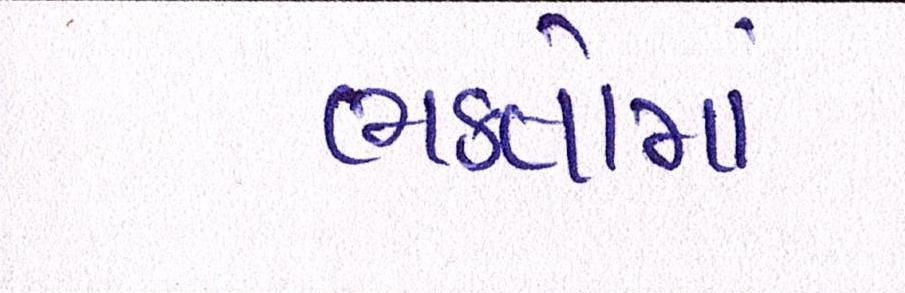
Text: ભકતોમાં